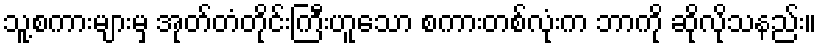
သူ့စကားများမှ အုတ်တံတိုင်းကြီးဟူသော စကားတစ်လုံးက ဘာကို ဆိုလိုသနည်း။